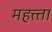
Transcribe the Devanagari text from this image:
महत्त्ता